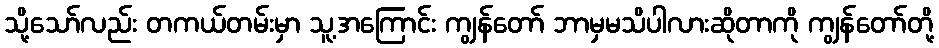
သို့သော်လည်း တကယ်တမ်းမှာ သူ့အကြောင်း ကျွန်တော် ဘာမှမသိပါလားဆိုတာကို ကျွန်တော်တို့